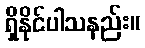
ရှိနိုင်ပါသနည်း။